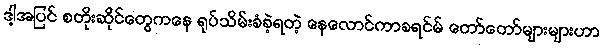
ဒါ့အပြင် စတိုးဆိုင်တွေကနေ ရုပ်သိမ်းခံခဲ့ရတဲ့ နေလောင်ကာခရင်မ် တော်တော်များများဟာ